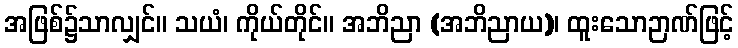
အဖြစ်၌သာလျှင်။ သယံ၊ ကိုယ်တိုင်။ အဘိညာ (အဘိညာယ)၊ ထူးသောဉာဏ်ဖြင့်